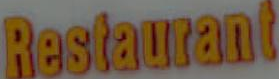
Restaurant